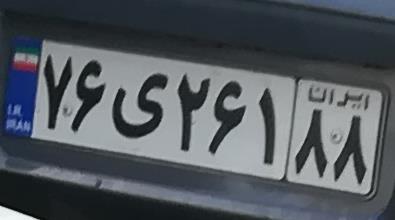
۷۶ی۲۶۱۸۸